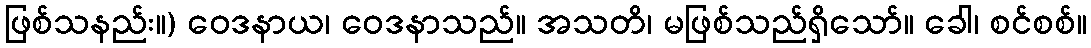
ဖြစ်သနည်း။) ဝေဒနာယ၊ ဝေဒနာသည်။ အသတိ၊ မဖြစ်သည်ရှိသော်။ ခေါ၊ စင်စစ်။